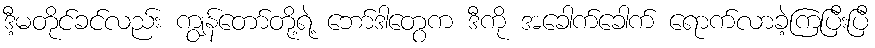
ဒီ့မတိုင်ခင်လည်း ကျွန်တော်တို့ရဲ့ ဘော်ဒါတွေက ဒီကို အခေါက်ခေါက် ရောက်လာခဲ့ကြပြီးပြီ